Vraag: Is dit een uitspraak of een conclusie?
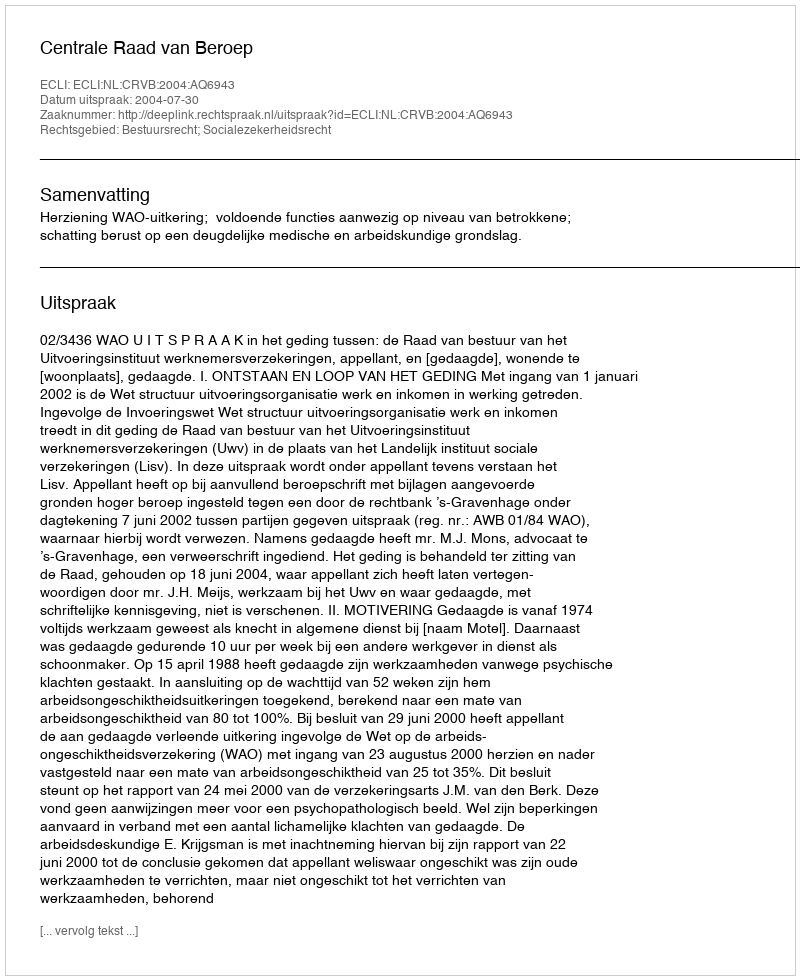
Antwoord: Uitspraak